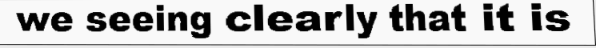
we seeing clearly that it is